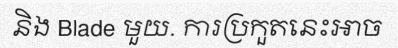
និង Blade មួយ. ការប្រកួតនេះអាច